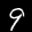
Label: 9